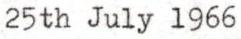
25th July 1966